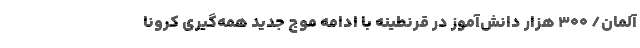
آلمان/ ۳۰۰ هزار دانش‌آموز در قرنطینه با ادامه موج جدید همه‌گیری کرونا